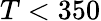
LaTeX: T<350